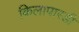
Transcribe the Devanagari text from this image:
किलापारडी